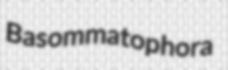
Basommatophora